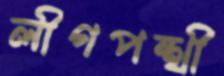
লীগপন্থী